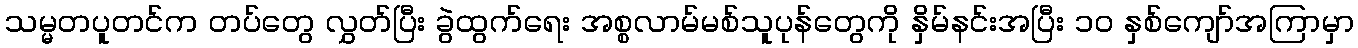
သမ္မတပူတင်က တပ်တွေ လွှတ်ပြီး ခွဲထွက်ရေး အစ္စလာမ်မစ်သူပုန်တွေကို နှိမ်နင်းအပြီး ၁၀ နှစ်ကျော်အကြာမှာ